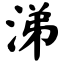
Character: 涕